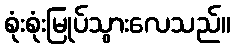
စုံးစုံးမြုပ်သွားလေသည်။